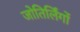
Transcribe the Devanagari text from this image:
जोतिर्लिंगों